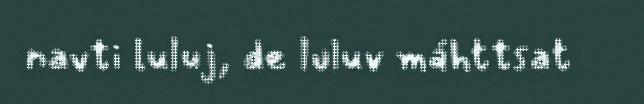
navti luluj, de luluv máhttsat